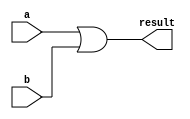
module or_(a,b,result);
  input [31:0] a,b;
  output [31:0] result;

  assign result = a | b;

endmodule